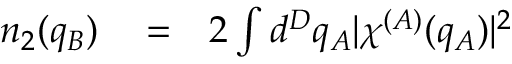
\begin{array} { r l r } { n _ { 2 } ( q _ { B } ) } & { { } = } & { 2 \int d ^ { D } q _ { A } \lvert \chi ^ { ( A ) } ( q _ { A } ) \rvert ^ { 2 } } \end{array}